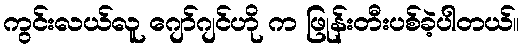
ကွင်းလယ်လူ ဂျော်ဂျင်ဟို က ဖြုန်းတီးပစ်ခဲ့ပါတယ်။